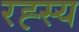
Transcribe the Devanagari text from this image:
रह्स्य